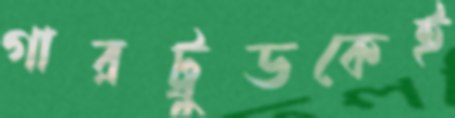
গারট্রুডকেই